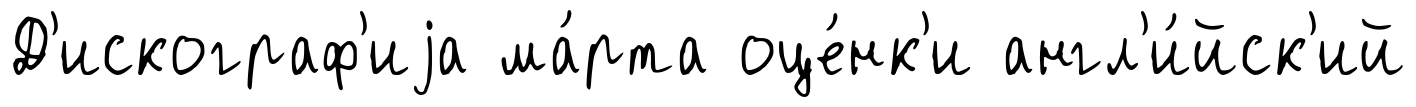
Д'искограф'иjа ма́рта оце́нк'и англ'и́йск'ий